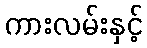
ကားလမ်းနှင့်